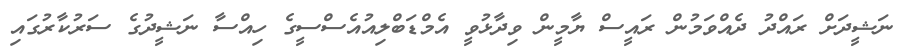
ނަޝީދަށް ރައްދު ދެއްވަމުން ރައީސް ޔާމީން ވިދާޅުވީ އެމްޑަބްލިއުއެސްސީގެ ހިއްސާ ނަޝީދުގެ ސަރުކާރުގައި